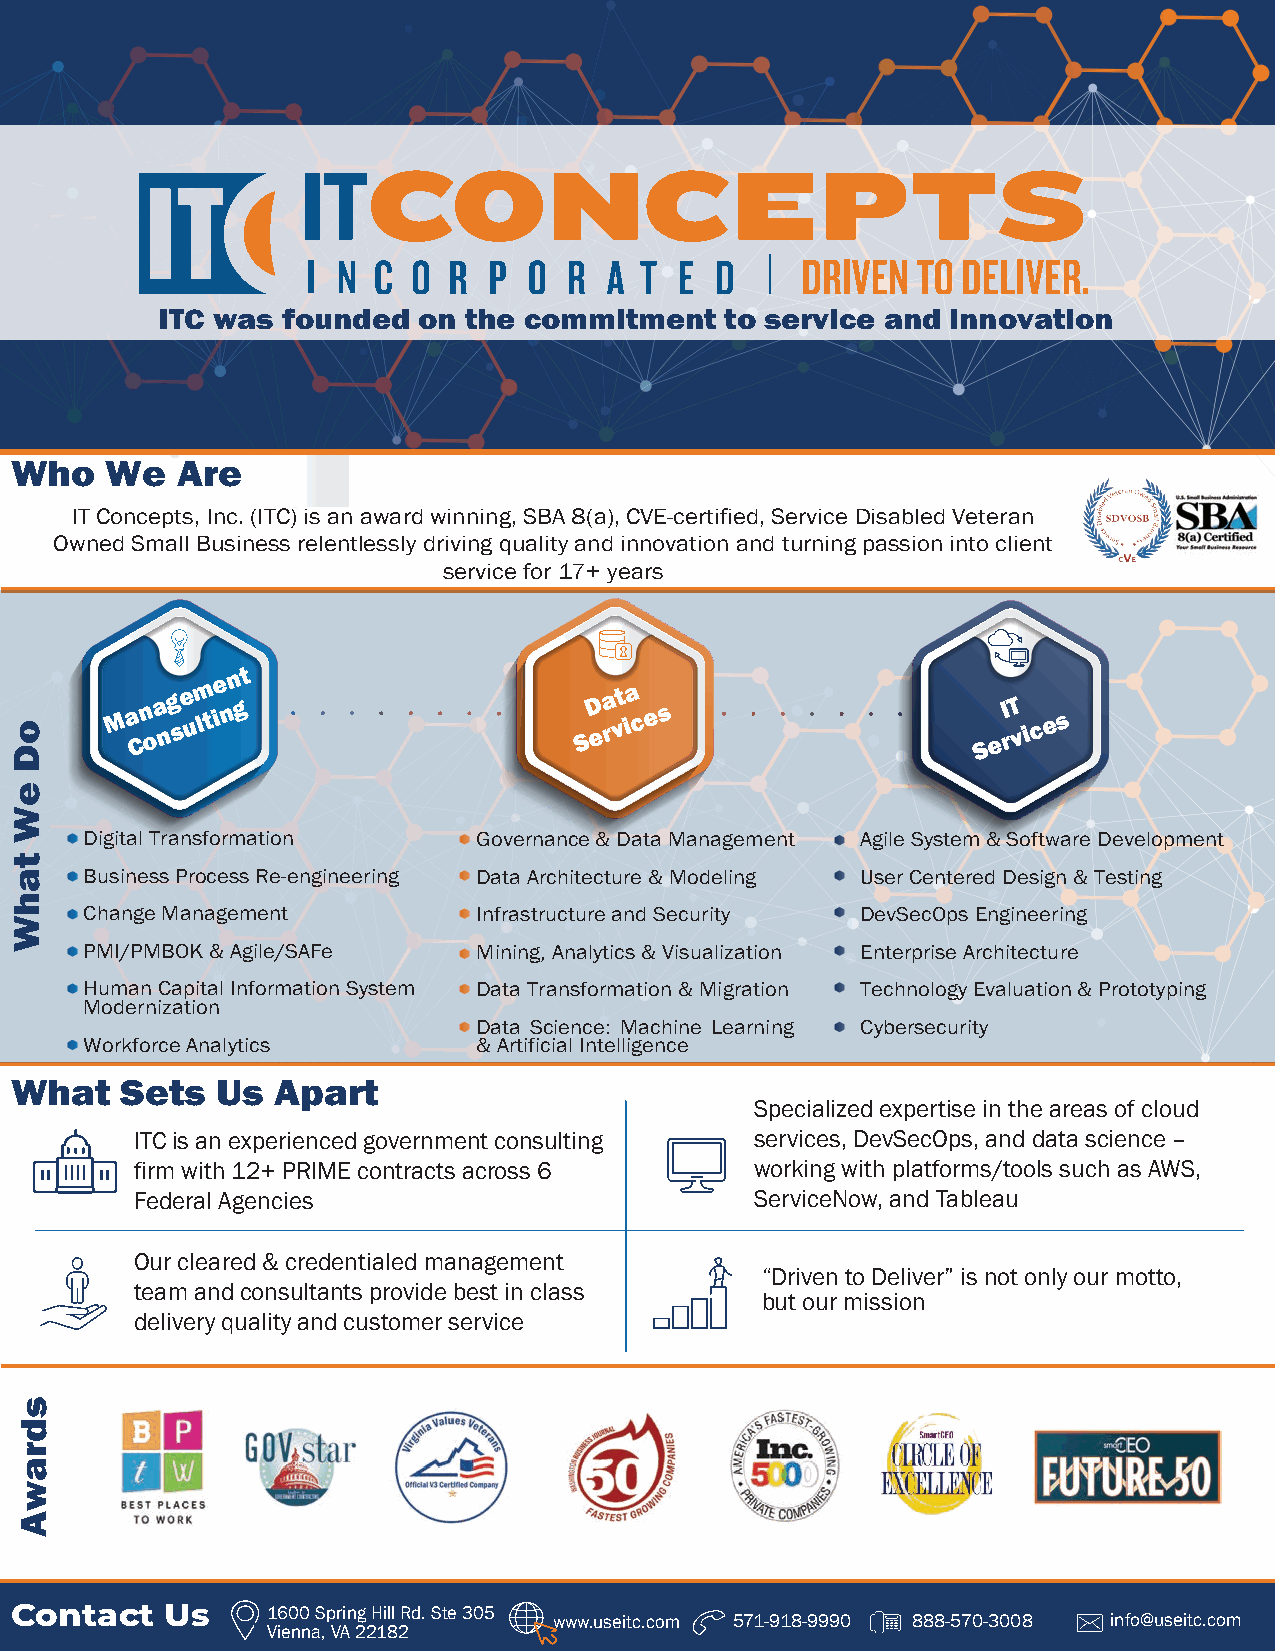
ITC was  founded  on the commitment   to service and innovation
 Who   We   Are
 IT Concepts, Inc. (ITC) is an award winning, SBA 8(a), CVE-certified, Service Disabled Veteran
 Owned Small Business relentlessly driving quality and innovation and turning passion into client
 service for 17+ years
 M a Cn oa ng se um l t ie nn gt SD e a r vt ia c e s      S e I r T v i c e s
 Digital Transformation    Governance & Data Management Agile System & Software Development
 Business Process Re-engineering Data Architecture & Modeling User Centered Design & Testing
 Change Management         Infrastructure and Security DevSecOps Engineering
 PMI/PMBOK & Agile/SAFe    Mining, Analytics & Visualization Enterprise Architecture
 Human Capital Information System Data Transformation & Migration Technology Evaluation & Prototyping
 Modernization
 Data Science: Machine Learning Cybersecurity
 Workforce Analytics       & Artificial Intelligence
 What   Sets  Us  Apart
 Specialized expertise in the areas of cloud
 ITC is an experienced government consulting services, DevSecOps, and data science –
 firm with 12+ PRIME contracts across 6   working with platforms/tools such as AWS,
 Federal Agencies                         ServiceNow, and Tableau
 Our cleared & credentialed management
 “Driven to Deliver” is not only our motto,
 team and consultants provide best in class
 but our mission
 delivery quality and customer service
 Contact   Us     1600 Spring Hill Rd. Ste 305
 www.useitc.com 571-918-9990 888-570-3008 info@useitc.com
 Vienna, VA 22182
 oD
 eW
 tahW
 sdrawA